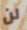
لن